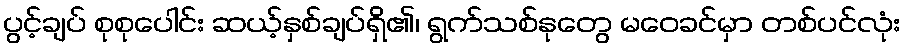
ပွင့်ချပ် စုစုပေါင်း ဆယ့်နှစ်ချပ်ရှိ၏၊ ရွက်သစ်နုတွေ မဝေခင်မှာ တစ်ပင်လုံး